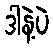
ဒါနဲ့ပဲ